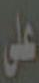
على